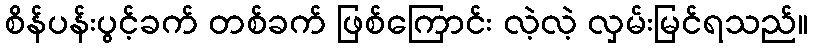
စိန်ပန်းပွင့်ခက် တစ်ခက် ဖြစ်ကြောင်း လဲ့လဲ့ လှမ်းမြင်ရသည်။